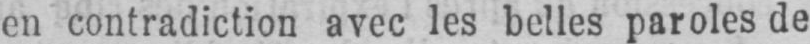
en contradiction avec les belles paroles de